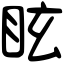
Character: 眩